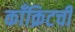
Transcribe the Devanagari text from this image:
काँक्रिटची